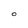
Character: O